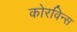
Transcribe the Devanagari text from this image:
कोरविन्स